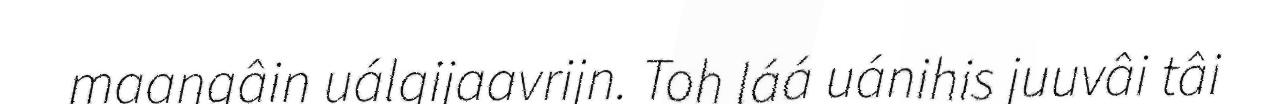
maaŋgâin uálgijaavrijn. Toh láá uánihis juuvâi tâi